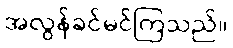
အလွန်ခင်မင်ကြသည်။